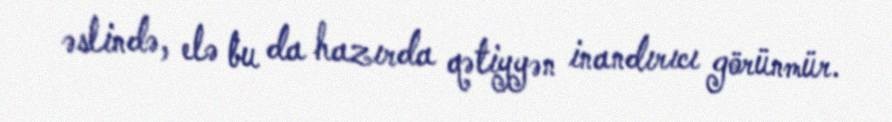
əslində, elə bu da hazırda qətiyyən inandırıcı görünmür.